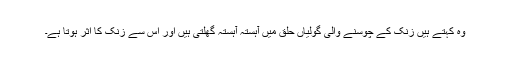
وہ کہتے ہیں زنک کے چوسنے والی گولیاں حلق میں آہستہ آہستہ گھلتی ہیں اور اس سے زنک کا اثر ہوتا ہے۔